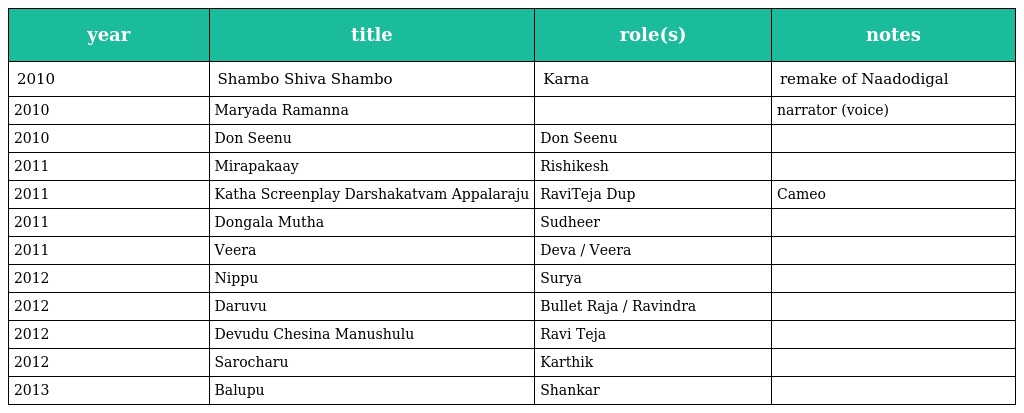
| year | title | role(s) | notes |
 | --- | --- | --- | --- |
 | 2010 | Shambo Shiva Shambo | Karna | remake of Naadodigal |
 | 2010 | Maryada Ramanna |  | narrator (voice) |
 | 2010 | Don Seenu | Don Seenu |  |
 | 2011 | Mirapakaay | Rishikesh |  |
 | 2011 | Katha Screenplay Darshakatvam Appalaraju | RaviTeja Dup | Cameo |
 | 2011 | Dongala Mutha | Sudheer |  |
 | 2011 | Veera | Deva / Veera |  |
 | 2012 | Nippu | Surya |  |
 | 2012 | Daruvu | Bullet Raja / Ravindra |  |
 | 2012 | Devudu Chesina Manushulu | Ravi Teja |  |
 | 2012 | Sarocharu | Karthik |  |
 | 2013 | Balupu | Shankar |  |